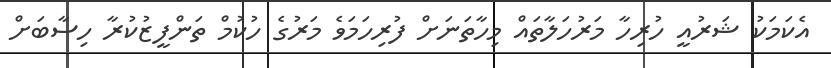
އެކަމަކު ޝަރުއީ ހުރިހާ މަރުހަލާތައް މިހާތަނަށް ފުރިހަމަވެ މަރުގެ ހުކުމް ތަންފީޒުކުރާ ހިސާބަށް